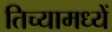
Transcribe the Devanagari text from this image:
तिच्यामध्यें